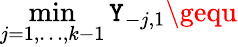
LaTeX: \operatorname*{min}_{j=1,\dots,k-1}\mathtt{Y}_{-j,1}\gequ